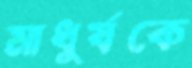
মাধুর্যকে